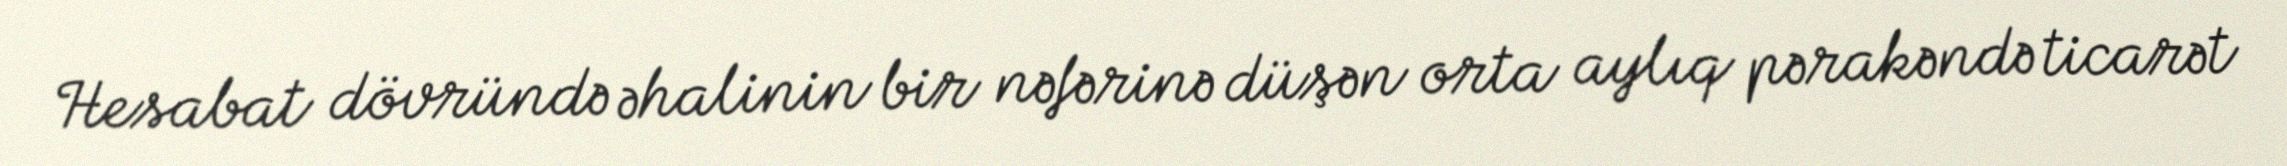
Hesabat dövründə əhalinin bir nəfərinə düşən orta aylıq pərakəndə ticarət